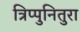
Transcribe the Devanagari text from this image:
त्रिप्पुनितुरा